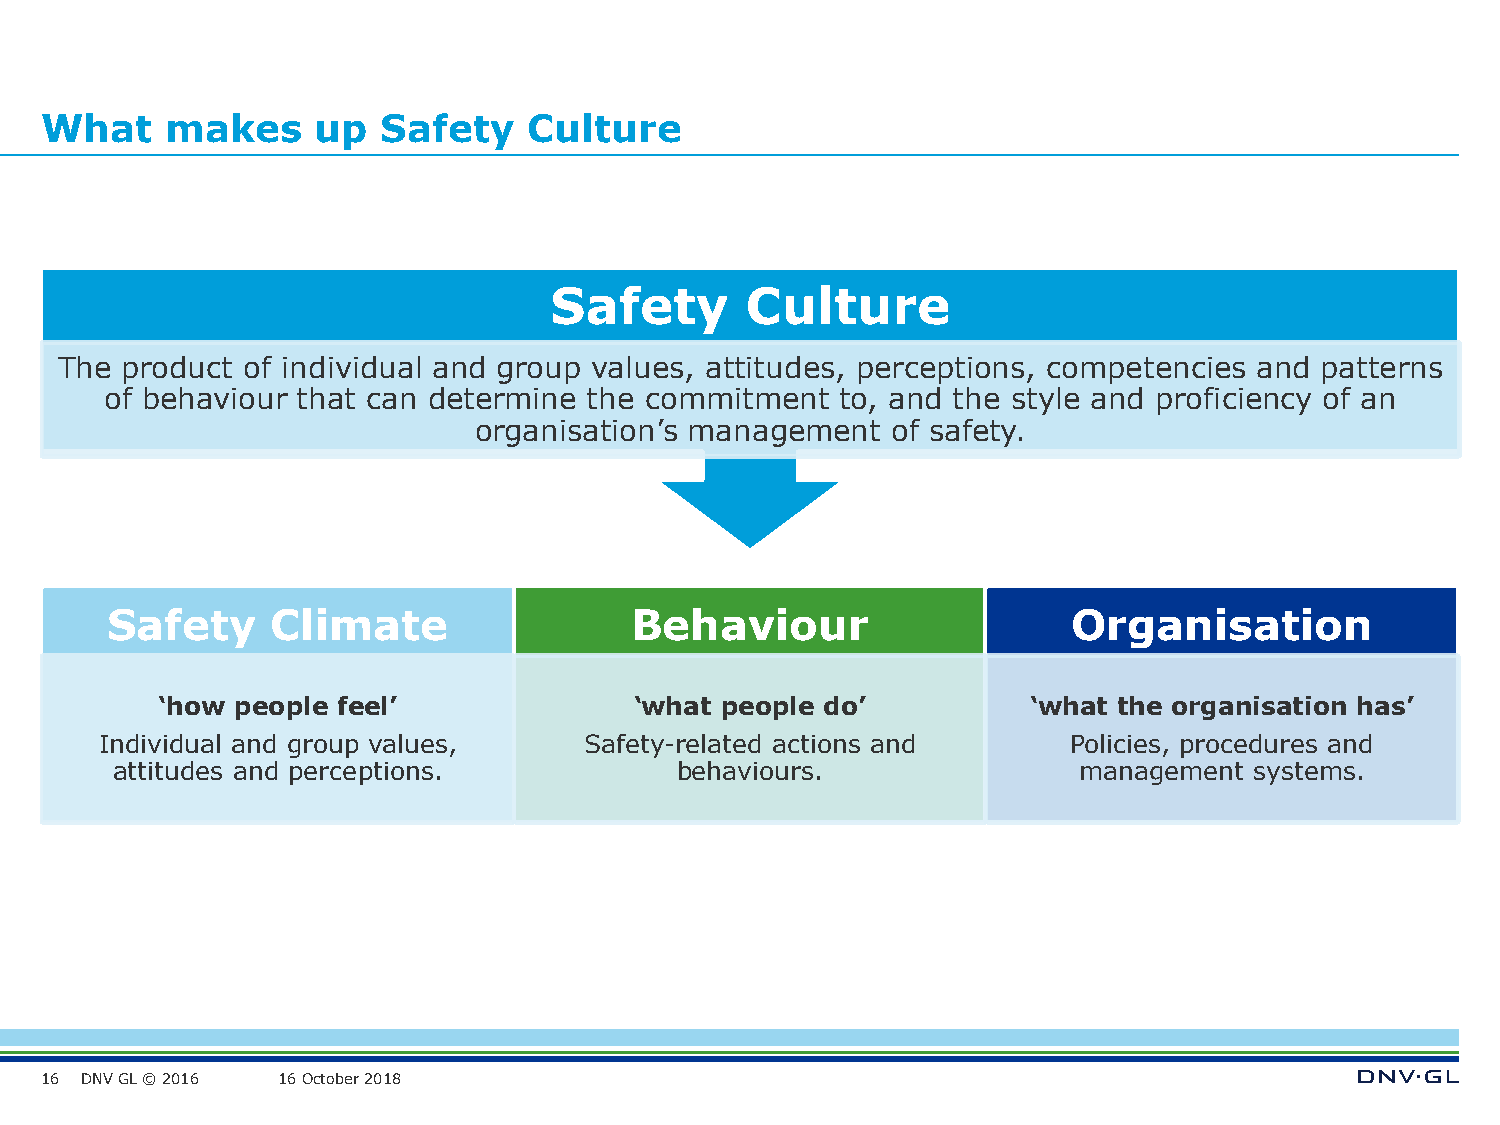
What    makes     up  Safety    Culture
 Safety       Culture
 The product of individual and group values, attitudes, perceptions, competencies and patterns
 of behaviour that can determine the commitment   to, and the style and proficiency of an
 organisation’s management   of safety.
 Safety     Climate                 Behaviour                    Organisation
 ‘how  people feel’              ‘what people do’          ‘what the organisation has’
 Individual and group values,    Safety-related actions and      Policies, procedures and
 attitudes and perceptions.            behaviours.               management  systems.
 16 DNV GL © 2016 16 October 2018